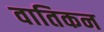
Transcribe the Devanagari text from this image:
वातिकन